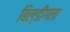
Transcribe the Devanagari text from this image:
बिल्डींगला